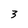
Character: 3